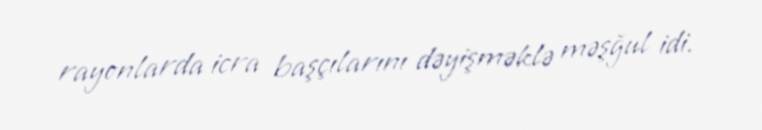
rayonlarda icra başçılarını dəyişməklə məşğul idi.